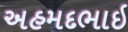
અહમદભાઇ